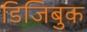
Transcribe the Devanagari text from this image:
डिजिबुक